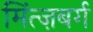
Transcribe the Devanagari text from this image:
मिंत्ज़बर्ग